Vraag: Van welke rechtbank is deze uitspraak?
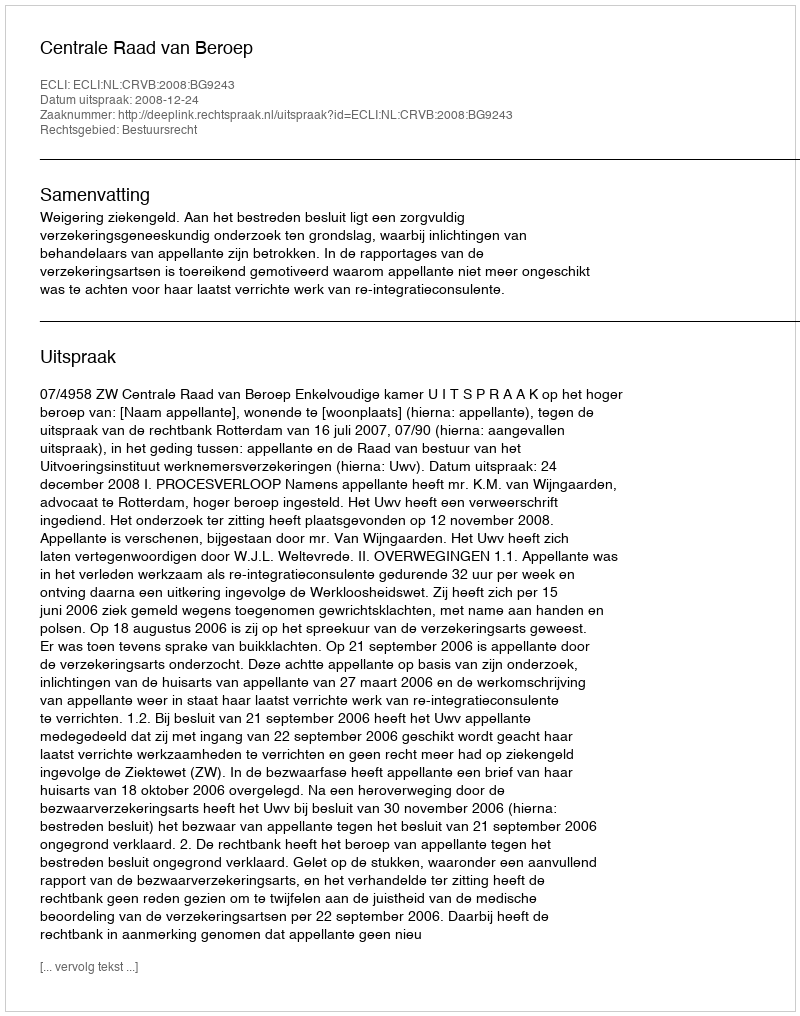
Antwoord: Centrale Raad van Beroep